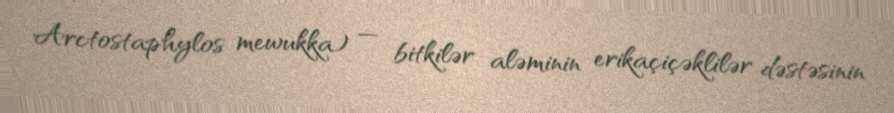
Arctostaphylos mewukka) — bitkilər aləminin erikaçiçəklilər dəstəsinin